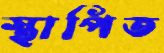
স্থাপিত